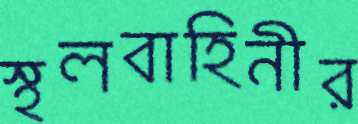
স্থলবাহিনীর